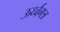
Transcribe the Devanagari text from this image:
ऊर्ध्वगत्र